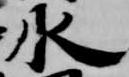
水